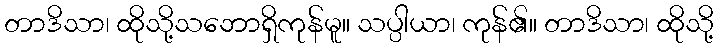
တာဒိသာ၊ ထိုသို့သဘောရှိကုန်မူ။ သပ္ပါယာ၊ ကုန်၏။ တာဒိသာ၊ ထိုသို့